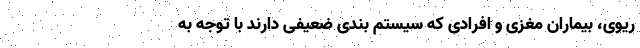
ریوی، بیماران مغزی و افرادی که سیستم بندی ضعیفی دارند با توجه به